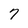
Character: 7